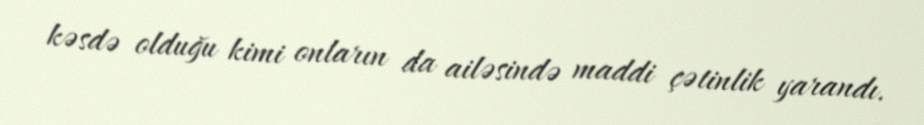
kəsdə olduğu kimi onların da ailəsində maddi çətinlik yarandı.